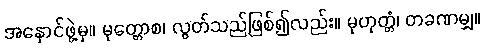
အနှောင်ဖွဲ့မှ။ မုတ္တောစ၊ လွတ်သည်ဖြစ်၍လည်း။ မုဟုတ္တံ၊ တခဏမျှ။